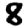
Digit: 8